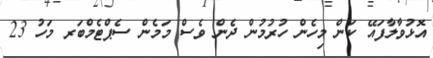
އޮޅުވާލާފައޭ ކަން މިހެން ހުރުމުން ދެން ވެސް މަމެން ސެޕްޓެމްބަރ މަހު 23